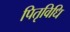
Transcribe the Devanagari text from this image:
पितृविधि